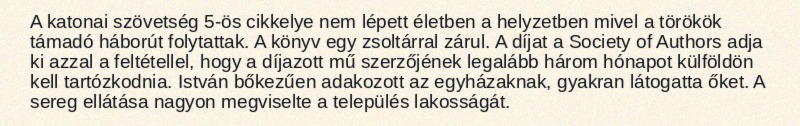
A katonai szövetség 5-ös cikkelye nem lépett életben a helyzetben mivel a törökök támadó háborút folytattak. A könyv egy zsoltárral zárul. A díjat a Society of Authors adja ki azzal a feltétellel, hogy a díjazott mű szerzőjének legalább három hónapot külföldön kell tartózkodnia. István bőkezűen adakozott az egyházaknak, gyakran látogatta őket. A sereg ellátása nagyon megviselte a település lakosságát.